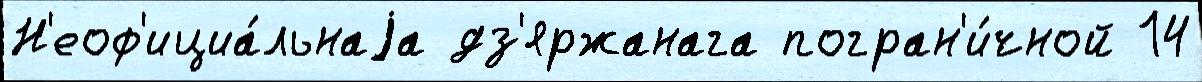
Н'еоф'ициа́льнаjа дз'яржанага погран'и́чной 14